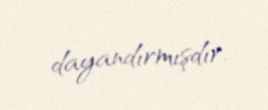
dayandırmışdır.